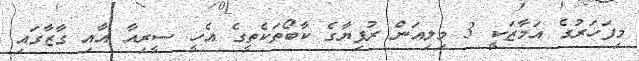
މިފަހަރުގެ އަމާޒަކީ 3 މިލިއަން ރުފިޔާގެ ކާބޯތަކެތީގެ އެހީ ސީރިއާ އާއި ގާޒާގައި